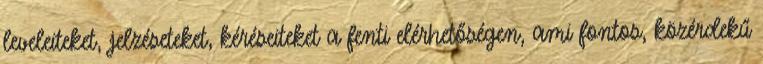
leveleiteket, jelzéseteket, kéréseiteket a fenti elérhetőségen, ami fontos, közérdekű